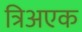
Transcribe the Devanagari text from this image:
त्रिअएक